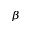
_ { \beta }